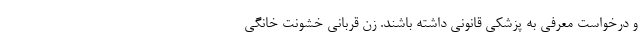
و درخواست معرفی به پزشکی قانونی داشته باشند. زن قربانی خشونت خانگی